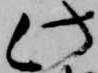
此